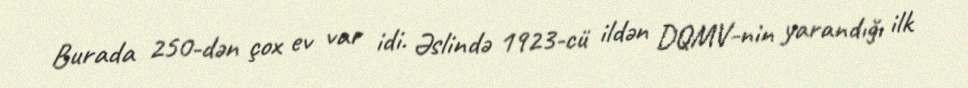
Burada 250-dən çox ev var idi. Əslində 1923-cü ildən DQMV-nin yarandığı ilk